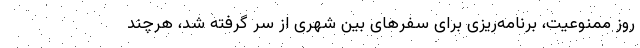
روز ممنوعیت، برنامه‌ریزی برای سفرهای بین شهری از سر گرفته شد، هرچند